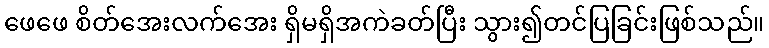
ဖေဖေ စိတ်အေးလက်အေး ရှိမရှိအကဲခတ်ပြီး သွား၍တင်ပြခြင်းဖြစ်သည်။